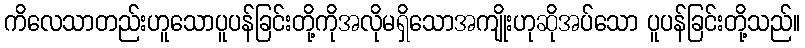
ကိလေသာတည်းဟူသောပူပန်ခြင်းတို့ကိုအလိုမရှိသောအကျိုးဟုဆိုအပ်သော ပူပန်ခြင်းတို့သည်။